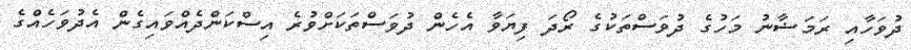
ދުވަހާއި ރަމަޟާނު މަހުގެ ދުވަސްތަކުގެ ރޯދަ ފިޔަވާ އެހެން ދުވަސްތަކަށްވުރެ އިސްކަންދެއްވައިގެން އެދުވަހެއްގެ